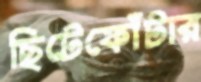
ছিটেফোঁটার